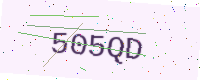
Text: 505QD